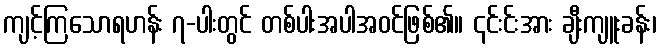
ကျင့်ကြသောရဟန်း ၇-ပါးတွင် တစ်ပါးအပါအဝင်ဖြစ်၏။ ၎င်းင်းအား ချီးကျူးခန်း၊